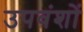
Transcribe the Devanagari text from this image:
उपवंशों